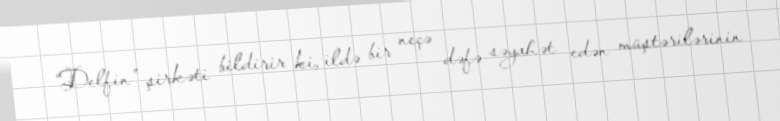
“Delfin” şirkəti bildirir ki, ildə bir neçə dəfə səyahət edən müştərilərinin